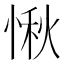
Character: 愀